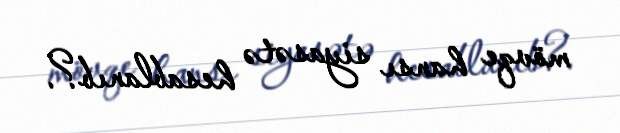
mövqe hansı siyasətə hesablanıb?.